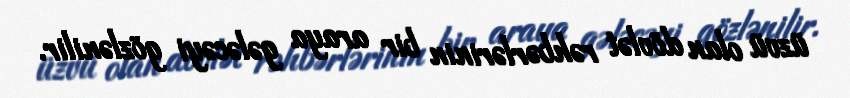
üzvü olan dövlət rəhbərlərinin bir araya gələcəyi gözlənilir.